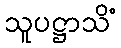
သူပဋ္ဌာသိံ